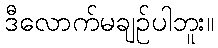
ဒီလောက်မချဉ်ပါဘူး။